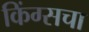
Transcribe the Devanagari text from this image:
किंग्सचा